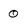
Character: 0